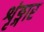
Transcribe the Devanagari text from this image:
शृंङ्गार